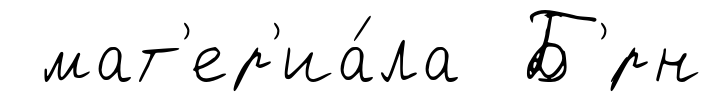
мат'ер'иа́ла Б'́рн